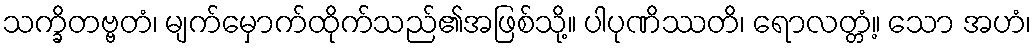
သက္ခိတဗ္ဗတံ၊ မျက်မှောက်ထိုက်သည်၏အဖြစ်သို့။ ပါပုဏိဿတိ၊ ရောလတ္တံ့။ သော အဟံ၊